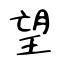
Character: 望